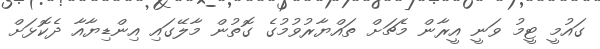
ގައުމީ ޓީމު ވަނީ އީރާން މެޗަށް ތައްޔާރުވުމުގެ ގޮތުން މާލޭގައި އިންޑިޔާއާ ދެކޮޅަށް